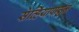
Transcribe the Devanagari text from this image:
सेव्हियापासून